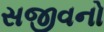
સજીવનો